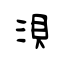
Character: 浿